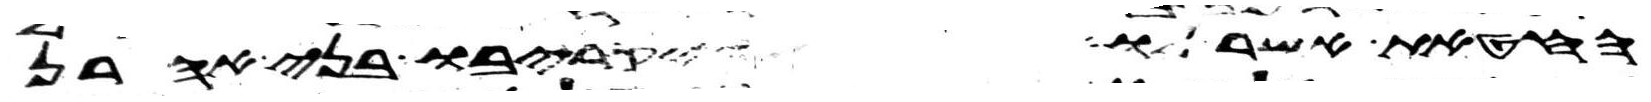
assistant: החטאת אשר לו ויקריבו בני אהרן